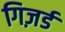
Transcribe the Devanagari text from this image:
गिज़र्ड